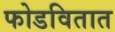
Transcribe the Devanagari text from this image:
फोडवितात